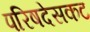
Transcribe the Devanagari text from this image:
परिषदेसकट